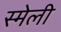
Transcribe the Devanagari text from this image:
स्मेली